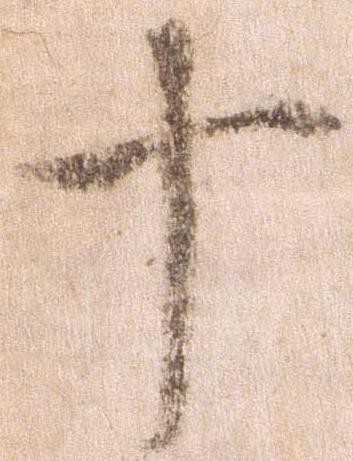
十